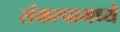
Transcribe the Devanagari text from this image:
संकल्पामध्ये